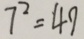
7 ^ { 2 } = 4 9